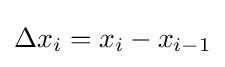
\Delta x_{i}=x_{i}-x_{i-1}